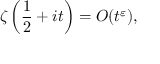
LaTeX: \zeta \left( { \frac { 1 } { 2 } } + i t \right) = O ( t ^ { \varepsilon } ) ,